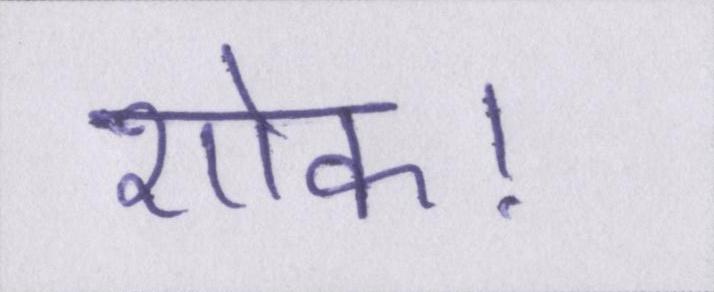
शोक।